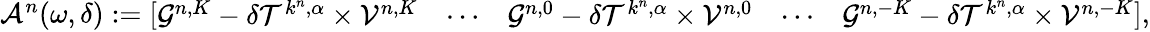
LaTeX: \begin{array}{r}{\mathcal{A}^{n}(\omega,\delta):=\left[\begin{array}{lllll}{\mathcal{G}^{n,K}-\delta\mathcal{T}^{k^{n},\alpha}\times\mathcal{V}^{n,K}}&{\cdots}&{\mathcal{G}^{n,0}-\delta\mathcal{T}^{k^{n},\alpha}\times\mathcal{V}^{n,0}}&{\cdots}&{\mathcal{G}^{n,-K}-\delta\mathcal{T}^{k^{n},\alpha}\times\mathcal{V}^{n,-K}}\end{array}\right],}\end{array}